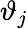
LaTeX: \vartheta_{j}